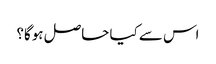
اس سے کیا حاصل ہوگا؟